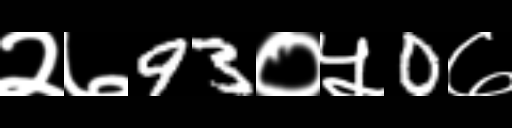
Text: २७93०५0७